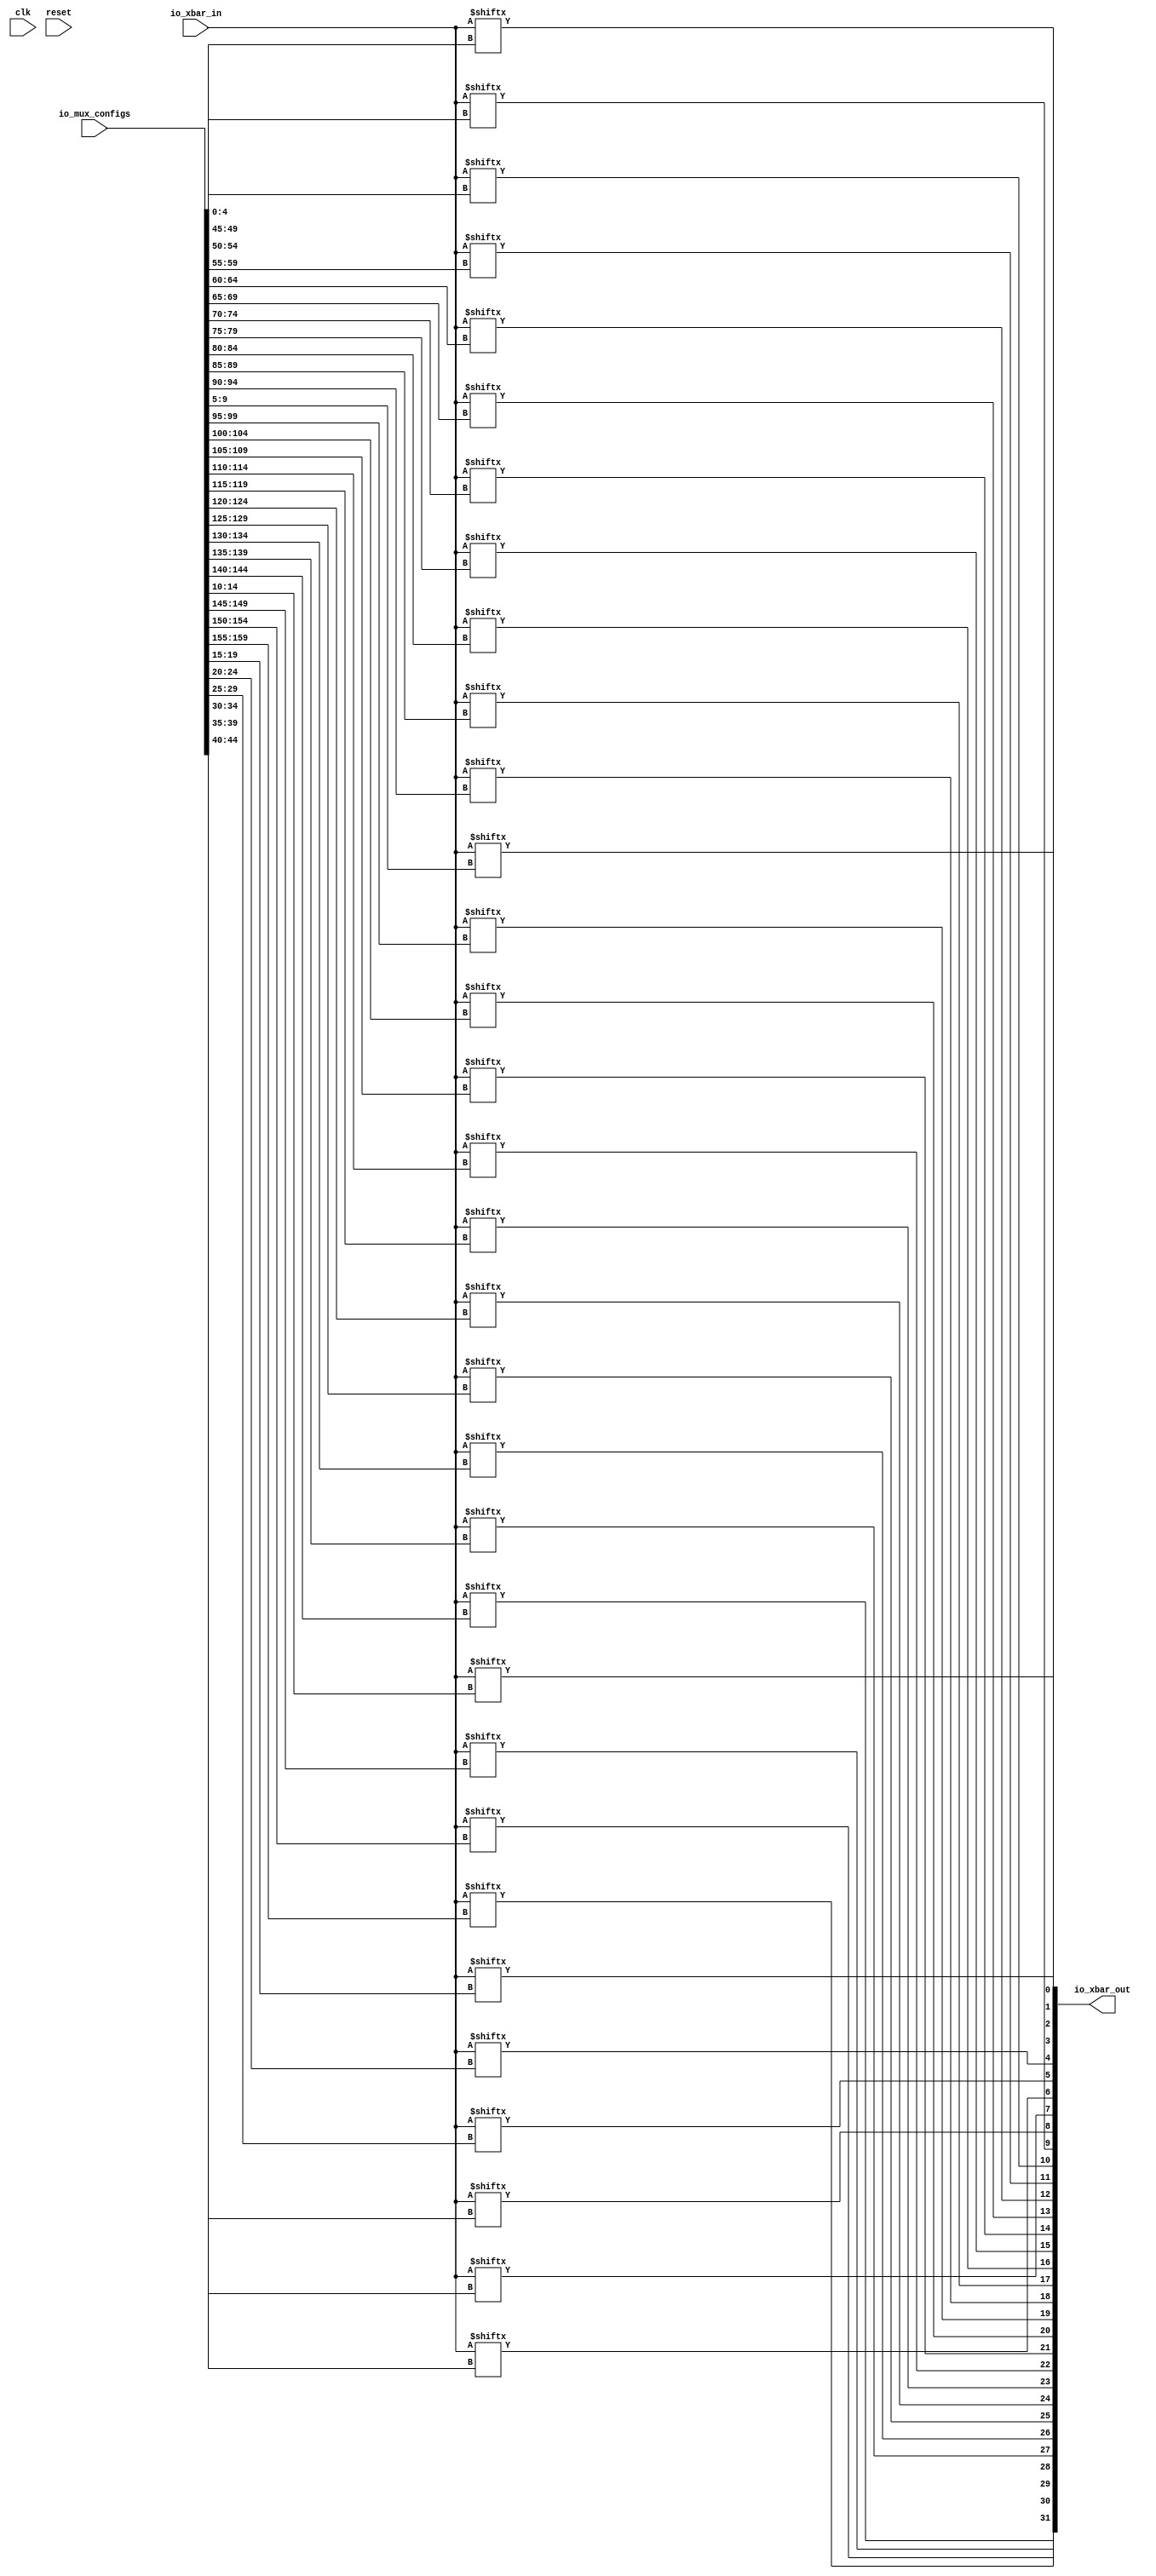
module xbar(input clk, input reset,
    input [26:0] io_xbar_in,
    output [31:0] io_xbar_out,
    input [159:0] io_mux_configs);

    assign io_xbar_out[0] = io_xbar_in[io_mux_configs[4:0]];
    assign io_xbar_out[1] = io_xbar_in[io_mux_configs[9:5]];
    assign io_xbar_out[2] = io_xbar_in[io_mux_configs[14:10]];
    assign io_xbar_out[3] = io_xbar_in[io_mux_configs[19:15]];
    assign io_xbar_out[4] = io_xbar_in[io_mux_configs[24:20]];
    assign io_xbar_out[5] = io_xbar_in[io_mux_configs[29:25]];
    assign io_xbar_out[6] = io_xbar_in[io_mux_configs[34:30]];
    assign io_xbar_out[7] = io_xbar_in[io_mux_configs[39:35]];
    assign io_xbar_out[8] = io_xbar_in[io_mux_configs[44:40]];
    assign io_xbar_out[9] = io_xbar_in[io_mux_configs[49:45]];
    assign io_xbar_out[10] = io_xbar_in[io_mux_configs[54:50]];
    assign io_xbar_out[11] = io_xbar_in[io_mux_configs[59:55]];
    assign io_xbar_out[12] = io_xbar_in[io_mux_configs[64:60]];
    assign io_xbar_out[13] = io_xbar_in[io_mux_configs[69:65]];
    assign io_xbar_out[14] = io_xbar_in[io_mux_configs[74:70]];
    assign io_xbar_out[15] = io_xbar_in[io_mux_configs[79:75]];
    assign io_xbar_out[16] = io_xbar_in[io_mux_configs[84:80]];
    assign io_xbar_out[17] = io_xbar_in[io_mux_configs[89:85]];
    assign io_xbar_out[18] = io_xbar_in[io_mux_configs[94:90]];
    assign io_xbar_out[19] = io_xbar_in[io_mux_configs[99:95]];
    assign io_xbar_out[20] = io_xbar_in[io_mux_configs[104:100]];
    assign io_xbar_out[21] = io_xbar_in[io_mux_configs[109:105]];
    assign io_xbar_out[22] = io_xbar_in[io_mux_configs[114:110]];
    assign io_xbar_out[23] = io_xbar_in[io_mux_configs[119:115]];
    assign io_xbar_out[24] = io_xbar_in[io_mux_configs[124:120]];
    assign io_xbar_out[25] = io_xbar_in[io_mux_configs[129:125]];
    assign io_xbar_out[26] = io_xbar_in[io_mux_configs[134:130]];
    assign io_xbar_out[27] = io_xbar_in[io_mux_configs[139:135]];
    assign io_xbar_out[28] = io_xbar_in[io_mux_configs[144:140]];
    assign io_xbar_out[29] = io_xbar_in[io_mux_configs[149:145]];
    assign io_xbar_out[30] = io_xbar_in[io_mux_configs[154:150]];
    assign io_xbar_out[31] = io_xbar_in[io_mux_configs[159:155]];

endmodule